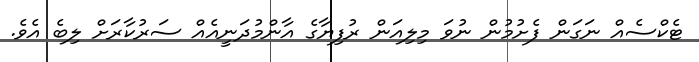
ޓެކްސެއް ނަގަން ފެށުމުން ނުވަ މިލިއަން ރުފިޔާގެ އާންމުދަނީއެއް ސަރުކާރަށް ލިބެ އެވެ.